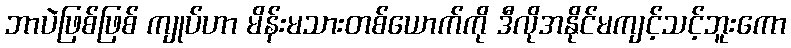
ဘာပဲဖြစ်ဖြစ် ကျုပ်ဟာ မိန်းမသားတစ်ယောက်ကို ဒီလိုအနိုင်မကျင့်သင့်ဘူးကော